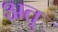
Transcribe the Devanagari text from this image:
अत्‌